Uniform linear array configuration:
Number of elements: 24
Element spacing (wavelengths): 0.5
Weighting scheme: binomial
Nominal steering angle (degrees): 0
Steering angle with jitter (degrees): -1.532
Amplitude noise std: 0.05
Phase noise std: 0.05

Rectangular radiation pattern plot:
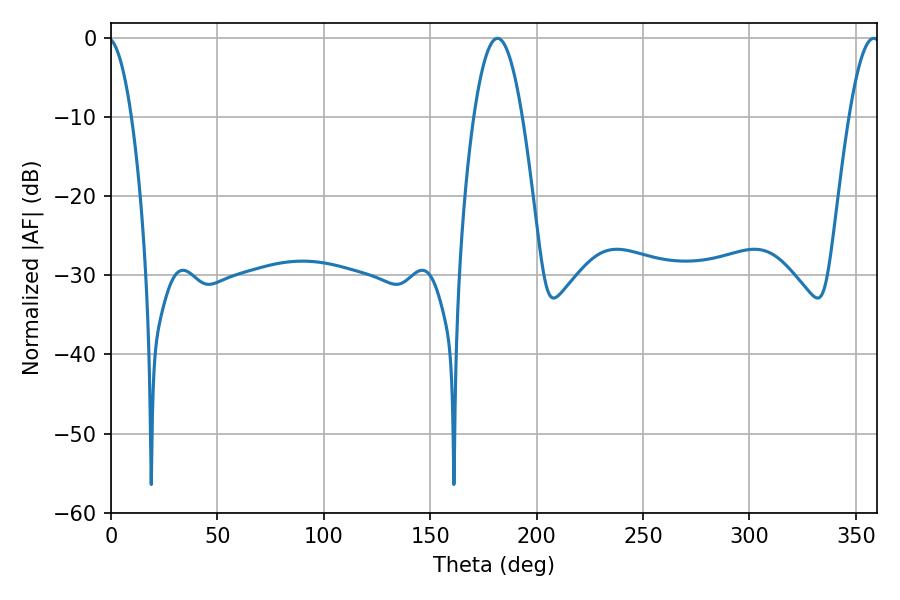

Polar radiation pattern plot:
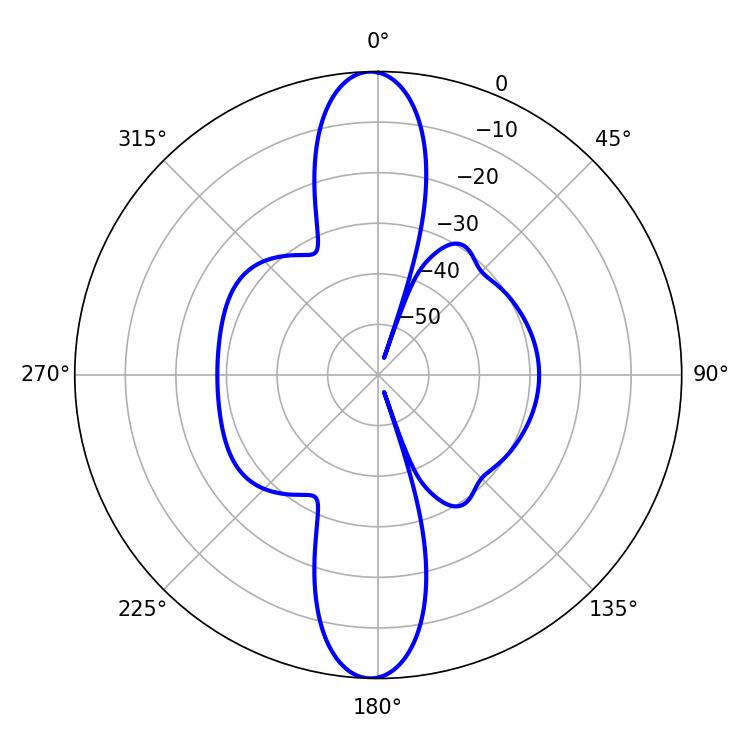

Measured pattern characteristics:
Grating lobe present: FALSE
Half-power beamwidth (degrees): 12.42
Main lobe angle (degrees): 181.62